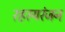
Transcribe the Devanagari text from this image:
रहस्यरंजन